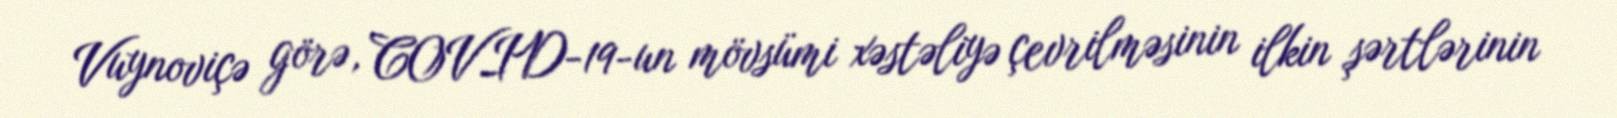
Vuynoviçə görə, COVID-19-un mövsümi xəstəliyə çevrilməsinin ilkin şərtlərinin